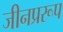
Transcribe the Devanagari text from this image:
जीनप्ररूप